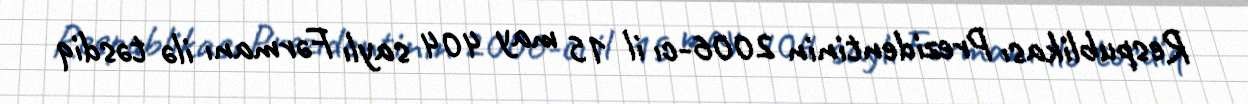
Respublikası Prezidentinin 2006-cı il 15 may 404 saylı Fərmanı ilə təsdiq